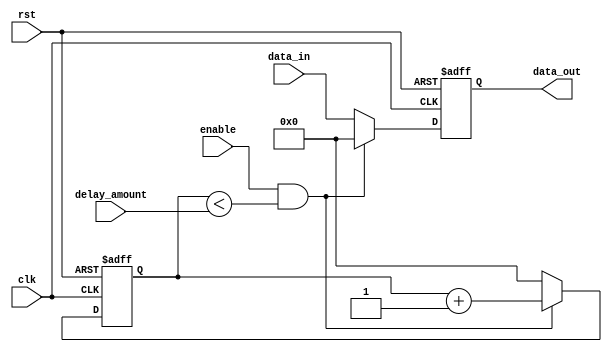
module BypassRegister (
    input wire clk,
    input wire rst,
    input wire enable,
    input wire [7:0] delay_amount,
    input wire [7:0] data_in,
    output reg [7:0] data_out
);

reg [7:0] delay_counter;

always @(posedge clk or posedge rst) begin
    if (rst) begin
        delay_counter <= 8'b0;
        data_out <= 8'b0;
    end else begin
        if (enable && delay_counter < delay_amount) begin
            delay_counter <= delay_counter + 1;
            data_out <= 8'b0;
        end else begin
            delay_counter <= 8'b0;
            data_out <= data_in;
        end
    end
end

endmodule